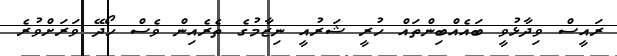
ރައީސް ވިދާޅުވީ ބައެއްބިންތައް ހުރީ ޝަރުއީ ނިޒާމުގެ ތެރެއިން ވެސް ހޯދޭ ވަރަށްވުރެ